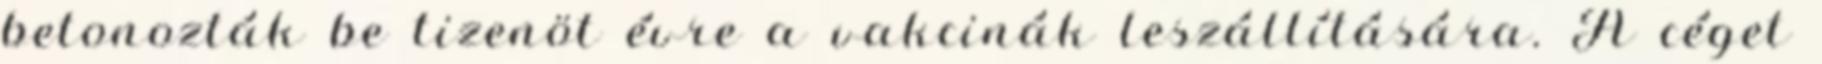
betonozták be tizenöt évre a vakcinák leszállítására. A céget